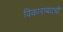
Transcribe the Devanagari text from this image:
विकाराबदची